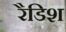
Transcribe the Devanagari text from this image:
रैडिश